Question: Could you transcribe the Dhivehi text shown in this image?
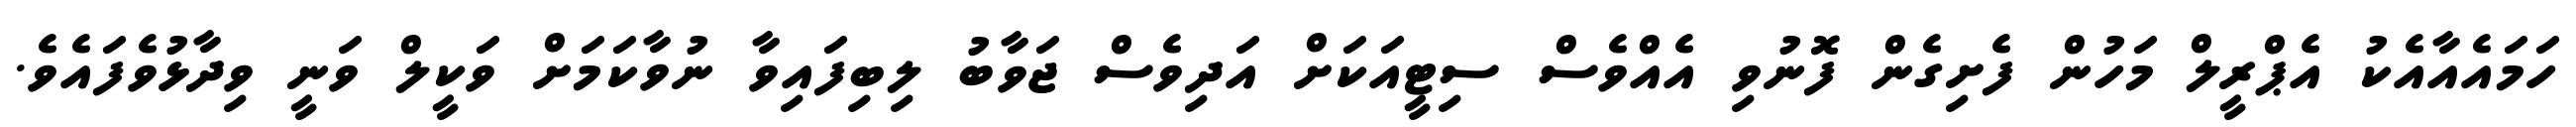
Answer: ހަމައެއާއެކު އެޕްރީލް މަހުން ފެށިގެން ފޮނުވި އެއްވެސް ސިޓީއަކަށް އަދިވެސް ޖަވާބު ލިބިފައިވާ ނުވާކަމަށް ވަކީލް ވަނީ ވިދާޅުވެފައެވެ.